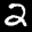
Label: 2